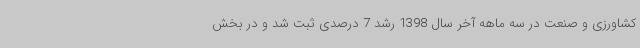
کشاورزی و صنعت در سه ماهه آخر سال 1398 رشد 7 درصدی ثبت شد و در بخش